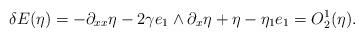
LaTeX: \begin{align*} \delta E(\eta) = - \partial_{xx} \eta - 2 \gamma e_1 \wedge \partial_x \eta + \eta-\eta_1 e_1 = O_2^1(\eta). \end{align*}